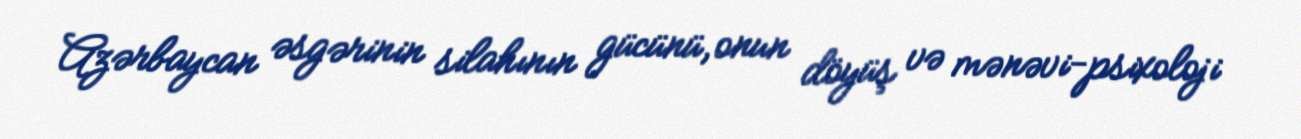
Azərbaycan əsgərinin silahının gücünü, onun döyüş və mənəvi-psixoloji